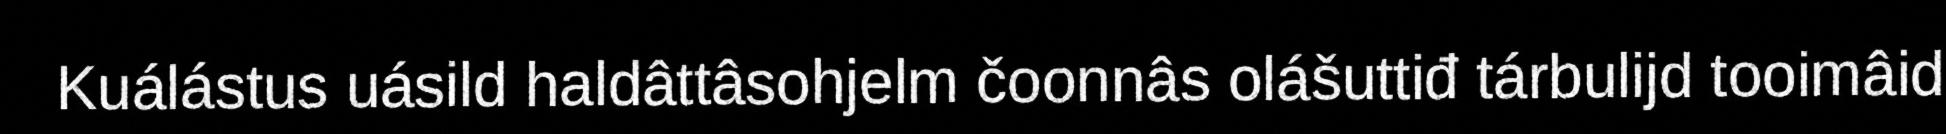
Kuálástus uásild haldâttâsohjelm čoonnâs olášuttiđ tárbulijd tooimâid